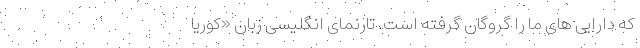
که دارایی های ما را گروگان گرفته است. تارنمای انگلیسی زبان «کوریا